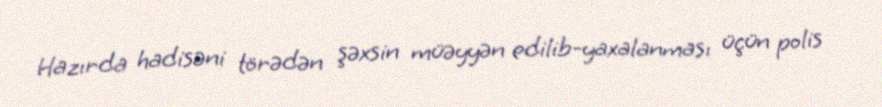
Hazırda hadisəni törədən şəxsin müəyyən edilib-yaxalanması üçün polis